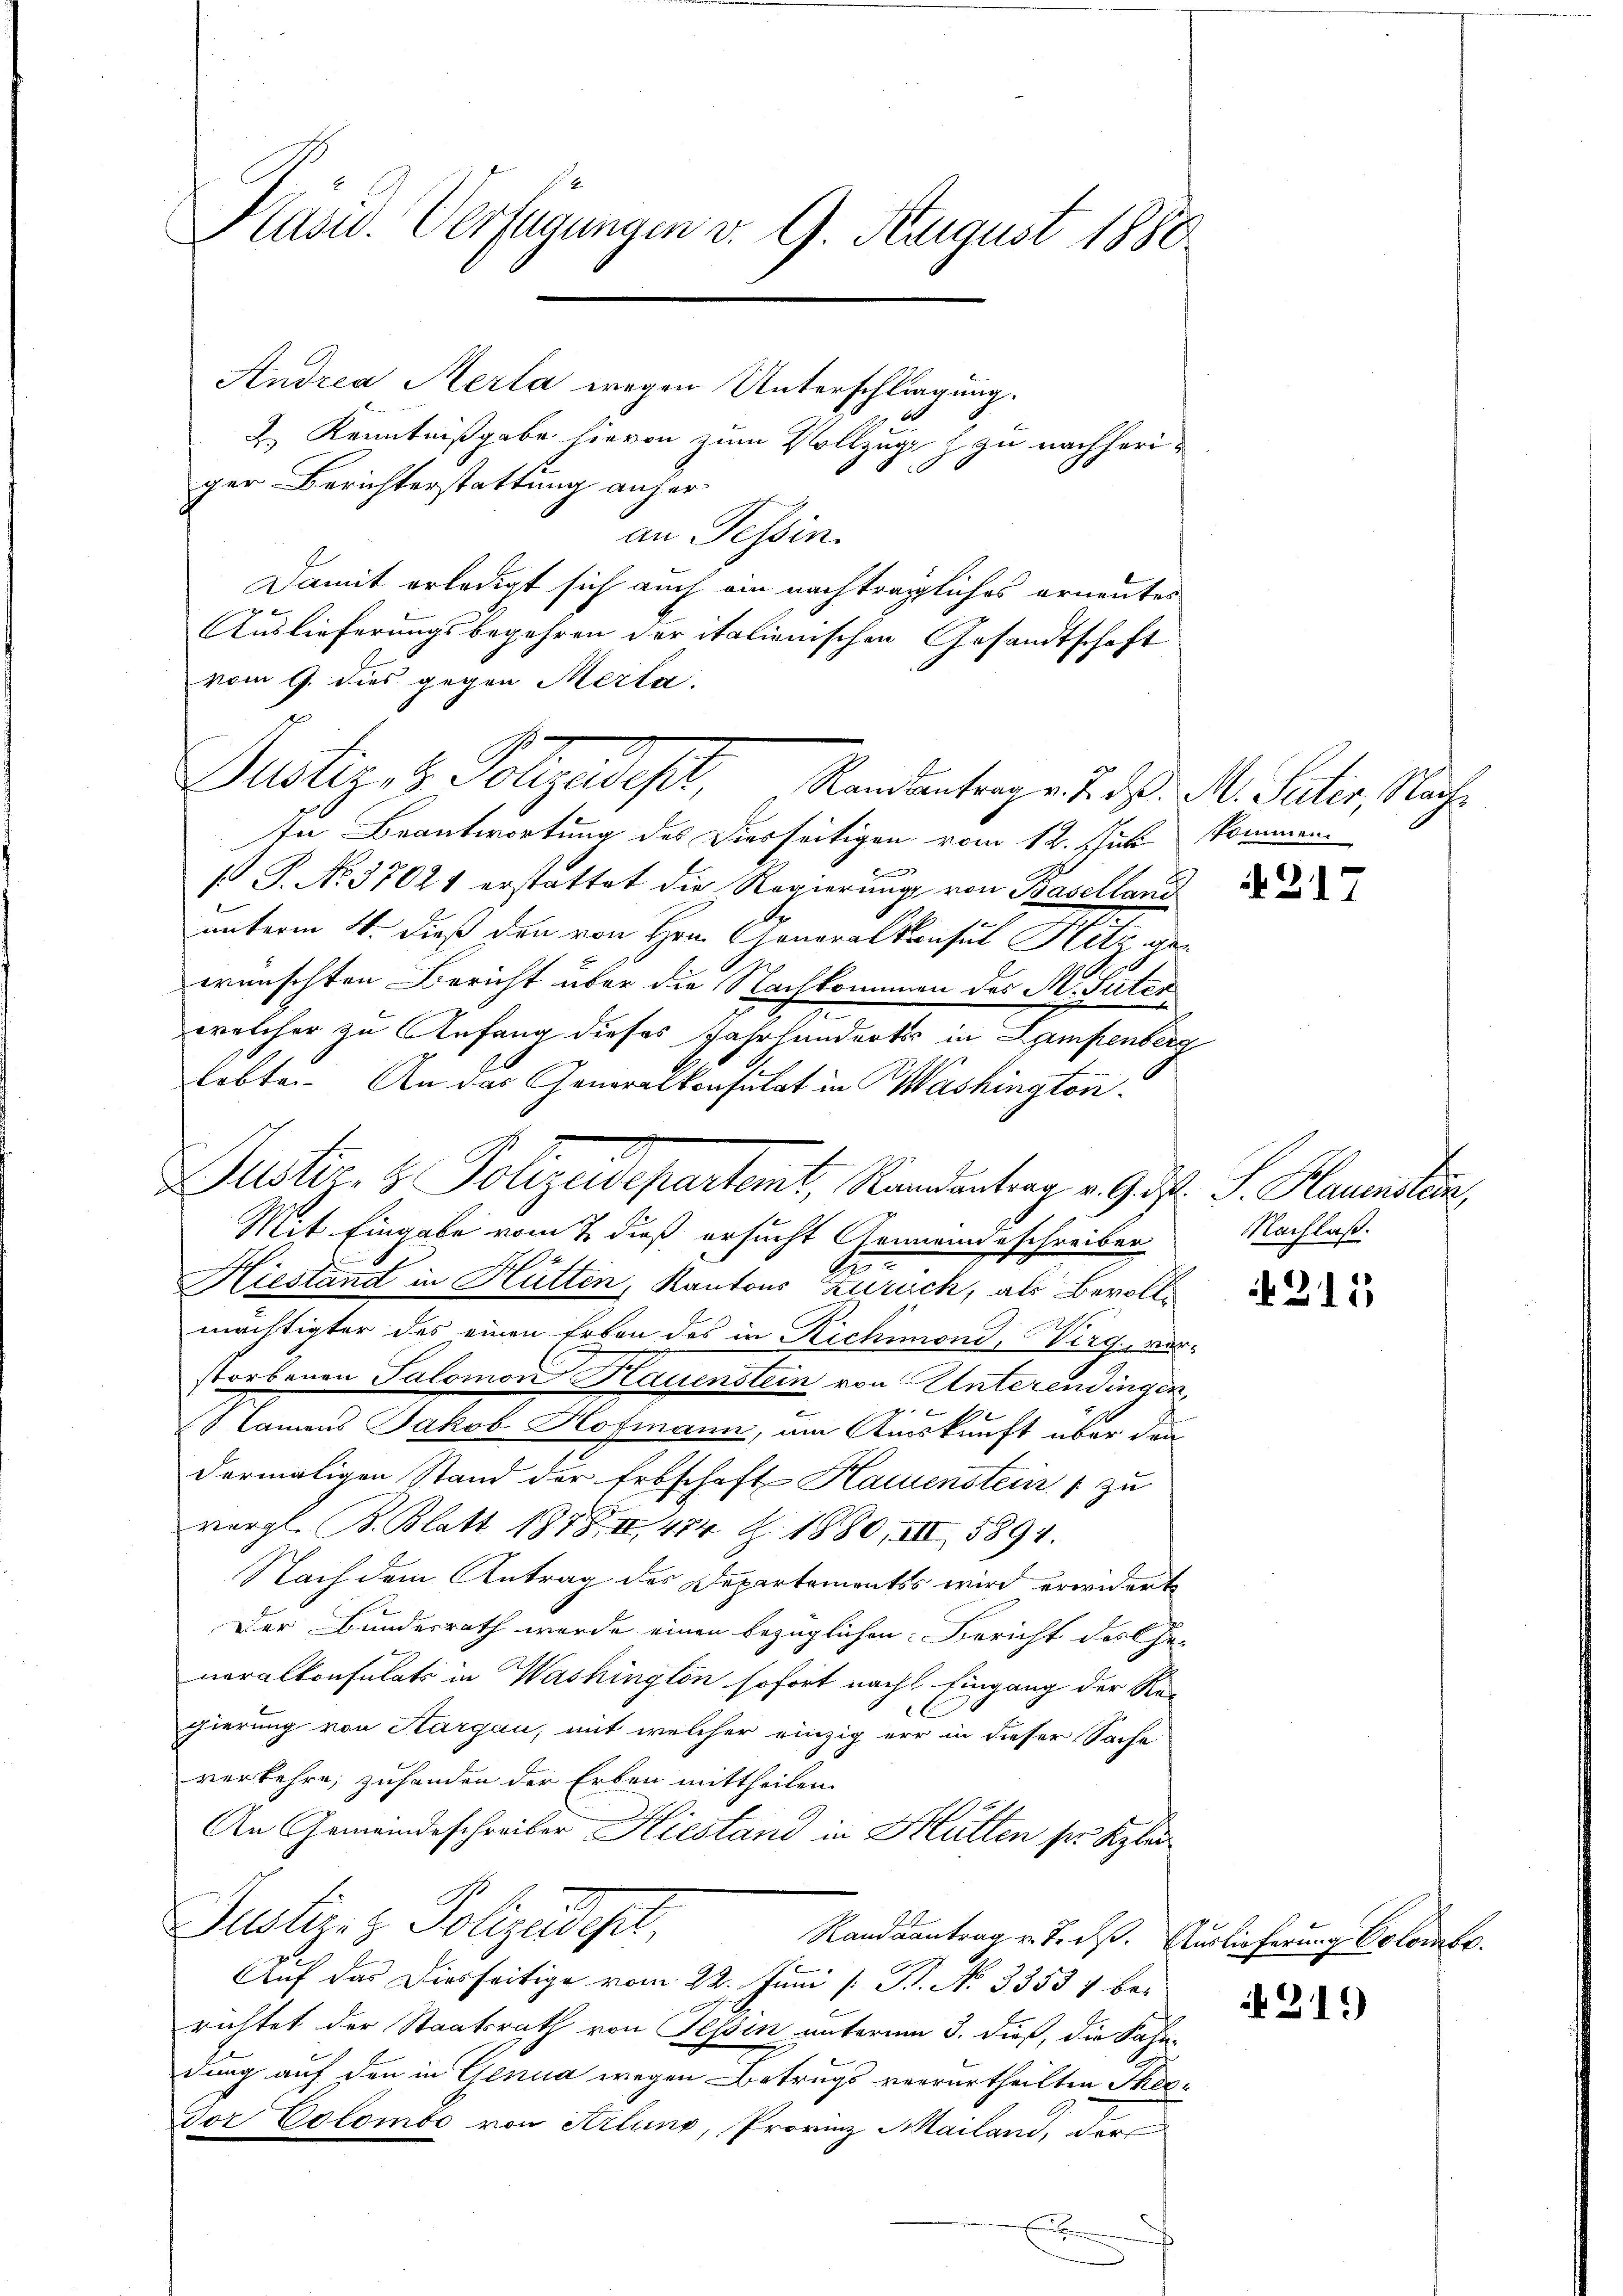
Kasu. Verfügungen v. 9. August 1880

Andrea Aerla wegen Unterschligung.
2.) Kenntnißgabe hievon zum Vollzug z zu nachheriger Berichterstattung anher
an Tessin.
Damit erledigt sich auch ein nachträgliches ernentes
Auslieferungsbegehren der italienischen Gesandtschaft
vom 9. dies gegen Merta
Justiz- & Polizadept, Randentragen 7. d. M. Peter, Nach¬
In Beantwortung des Diesseitigen vom 12. Jus kommen
p P. No. 37021 erstattet die Regierung von Baselland
unterm 4. dieß den von Hrn. Generalkonsul Hitz, de
10
wünschten Bericht über die Nachkommen des M. Suter
welcher zu Anfang dieses Jahrhundertes in Lampenberg
lobte. An das Generalkonsulat in Washington.
Justiz- & Polizeidepartamt, Randantrag v. Gott. J. Hauensten
Mit Eingabe vom 7. dieß ersucht Gemeindeschreiber
2
.
G.
Hiestand in Hütten, Kantons Zürich, als Bevollmächtigter des einen Erben des in Richimond, Wirg, verstorbenen Salomon Hauenstein von Unterendingen,
Namens Jakob Hofmann, am Auskunft über den
dermaligen Stand der Erbschaft Hausenstein & zu
vergl. B. Blatt 1878 474 Z. 1880, III 5894.
Nach dem Antrag des Departementss wird erwiderte
Der Bundesrath wurde einen bezüglichen: Bericht des Ehe-
neralkonsulats in Washington sofort nach Eingang der Re-
gierung von Hargau, mit welcher einzig err in dieser Sache
verkehre; zuhanden der Erben mittheilen.
An Gemeindeschreiber Hiestand in Hütten sr Klä¬
Justins Polizeidigt,
Randsantrag u. T. dß. Auslieferung Colomeo.
Auf das Diesseitige vom 22. Juni [ P. N. 33534 berachtet der Staatsrath von Sepin unterm 3. dieß, die Fähn-
dung auf den in Genua wegen Betrugs verurtheilten Theo¬
Vor Colombe von Arlung, Provinz Mailand, der
a

if. 217

Nachlaß.

4315

219